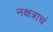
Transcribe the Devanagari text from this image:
नक्षत्राचं